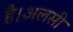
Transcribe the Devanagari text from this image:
है।अलसी